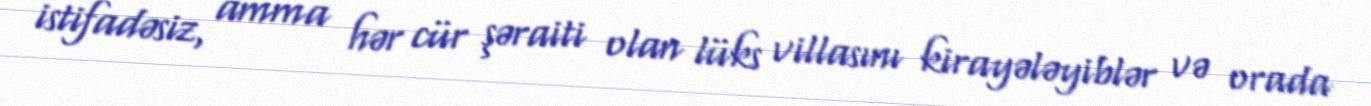
istifadəsiz, amma hər cür şəraiti olan lüks villasını kirayələyiblər və orada